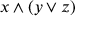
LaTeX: x \wedge ( y \vee z )